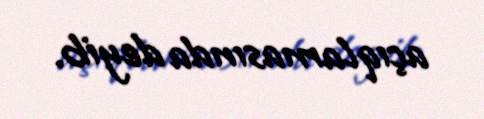
açıqlamasında deyib.